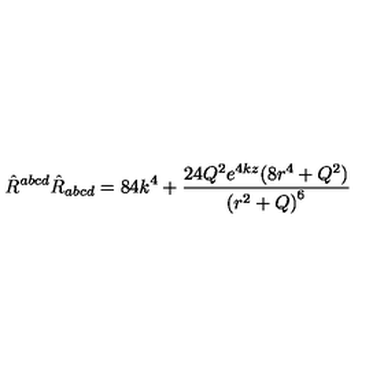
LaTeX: { \hat { R } } ^ { a b c d } { \hat { R } } _ { a b c d } = 8 4 k ^ { 4 } + \frac { 2 4 Q ^ { 2 } e ^ { 4 k z } ( 8 r ^ { 4 } + Q ^ { 2 } ) } { { ( r ^ { 2 } + Q ) } ^ { 6 } }